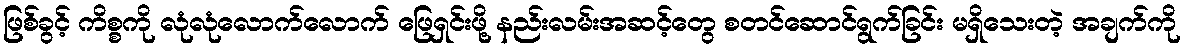
ဖြစ်ခွင့် ကိစ္စကို လုံလုံလောက်လောက် ဖြေရှင်းဖို့ နည်းလမ်းအဆင့်တွေ စတင်ဆောင်ရွက်ခြင်း မရှိသေးတဲ့ အချက်ကို